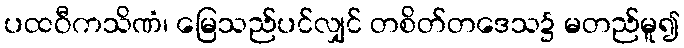
ပထဝီကသိဏံ၊ မြေသည်ပင်လျှင် တစိတ်တဒေသ၌ မတည်မူ၍